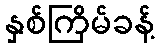
နှစ်ကြိမ်ခန့်